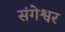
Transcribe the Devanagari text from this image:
संगेश्वर